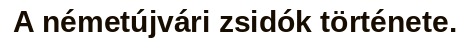
A németújvári zsidók története.